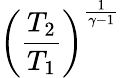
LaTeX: \left({\frac{T_{2}}{T_{1}}}\right)^{\frac{1}{\gamma-1}}